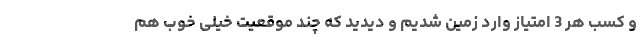
و کسب هر 3 امتیاز وارد زمین شدیم و دیدید که چند موقعیت خیلی خوب هم